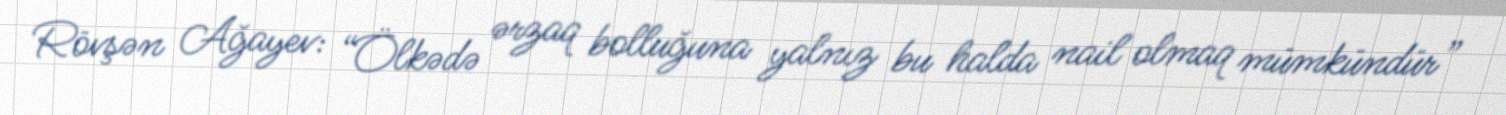
Rövşən Ağayev: “Ölkədə ərzaq bolluğuna yalnız bu halda nail olmaq mümkündür”